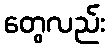
တွေလည်း